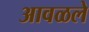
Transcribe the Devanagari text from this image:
आवळले